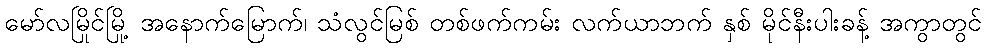
မော်လမြိုင်မြို့ အနောက်မြောက်၊ သံလွင်မြစ် တစ်ဖက်ကမ်း လက်ယာဘက် နှစ် မိုင်နီးပါးခန့် အကွာတွင်